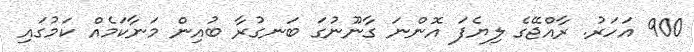
900 އަހަރު. ރާއްޖޭގެ ލިޔެފަ އޮންނަ ގާނޫނުގަ ބަނގުރާ ބުއިން މަނާކަމެއް ކަމުގައި